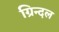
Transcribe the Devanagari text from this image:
ग्रिन्दल